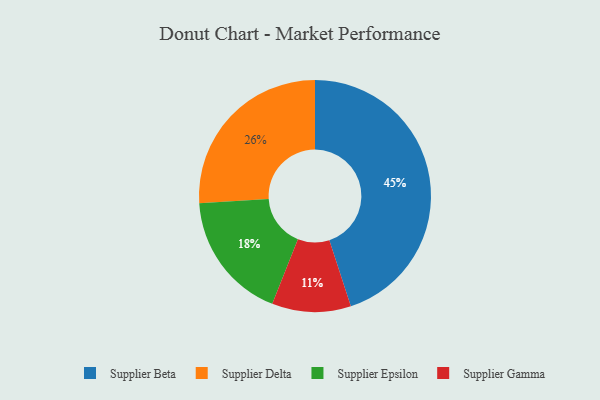
{"axis": {"x": "Category", "y": "Percentage"}, "legend": ["Supplier Beta", "Supplier Delta", "Supplier Epsilon", "Supplier Gamma"], "data": [{"x": "Supplier Delta", "y": 26, "type": "Supplier Delta"}, {"x": "Supplier Gamma", "y": 11, "type": "Supplier Gamma"}, {"x": "Supplier Epsilon", "y": 18, "type": "Supplier Epsilon"}, {"x": "Supplier Beta", "y": 45, "type": "Supplier Beta"}]}